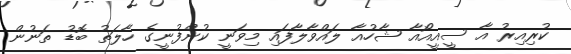
ކުރިއިރު އާ ސީއީއޯއާ ޝާހުއާ ލައްވާލާފައި މިވަނީ ކުންފުނީގެ ހާލަތު ބޮޑު ތަނުން